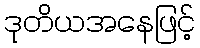
ဒုတိယအနေဖြင့်